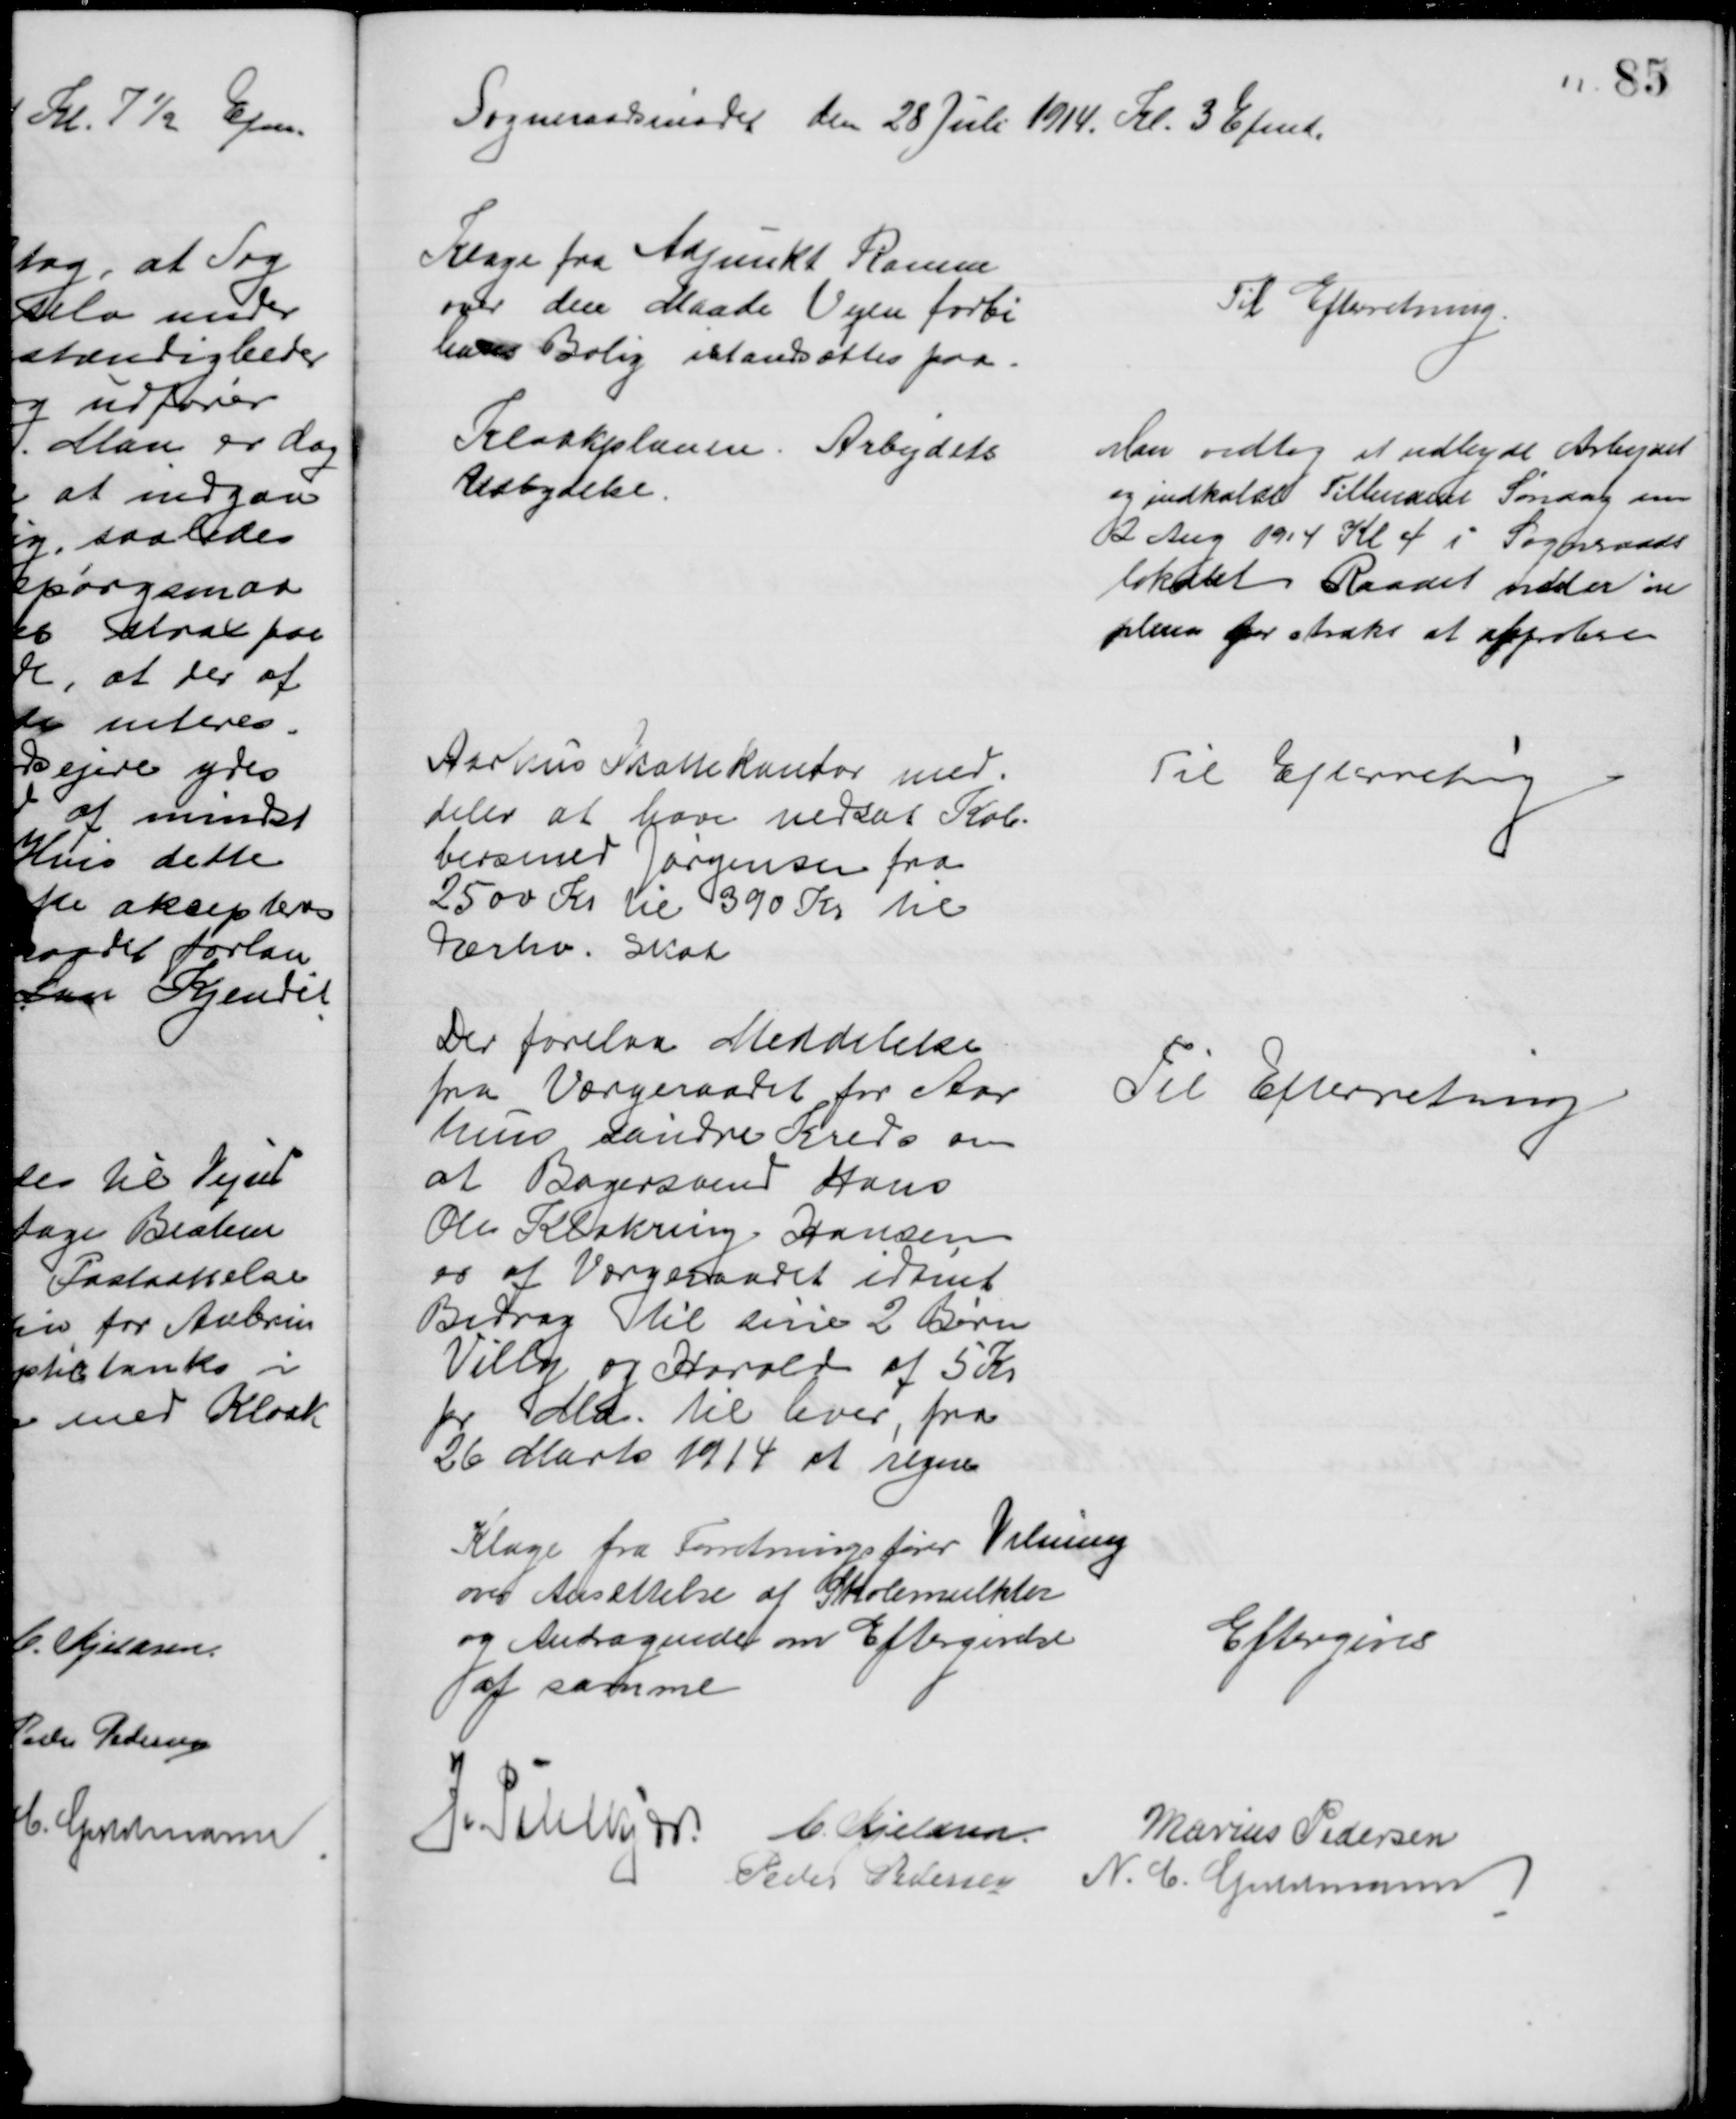
Transskription:
Sogneraadsmødet den 28 Juli 1914. Kl. 3 Efmd.
Klage fra Adjunkt Ramm
over den Maade Vejen forbi
hans Bolig istandsættes paa
Til Efterretning.
Kloakplanen. Arbejdets
Udbydelse.
Man vedtog at udbyde Arbejdet
og indkalde Tilbudene Søndag den
2 Aug 1914 Kl 4 i Sogneraads
lokalet Raadet møder in
plenum for straks at approbere
Aarhus Skattekontor med-
deler at have nedsat Køb-
bersmed Jørgensen fra
2500 Kr til 390 Kr til
Erhv. Skat
Til Efterretning
Der forelaa Meddelelse
fra Værgeraadet for Aar
hus søndre Kreds om 
at Bagersvend Hans
Ole Klakring Hansen
er af Værgeraadet idømt
Bidrag til sine 2 Børn
Villy og Harald af 5 Kr
pr Md. til hver, fra
26 Marts 1914 at regne
Til Efterretning
Klage fra Forretningsfører Velming
over Ansættelse af Skolemulkter
og Andragende om Eftergivelse
af samme
Eftergives
J. Pihlkjær C. Kjeldsen.
Marius Pedersen
Peder Pedersen
N. C. Guldmann